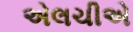
એલચીએ